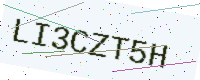
Text: LI3CZT5H